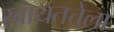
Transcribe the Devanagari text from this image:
स्वायतत्तेला